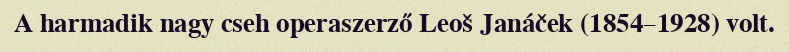
A harmadik nagy cseh operaszerző Leoš Janáček (1854–1928) volt.